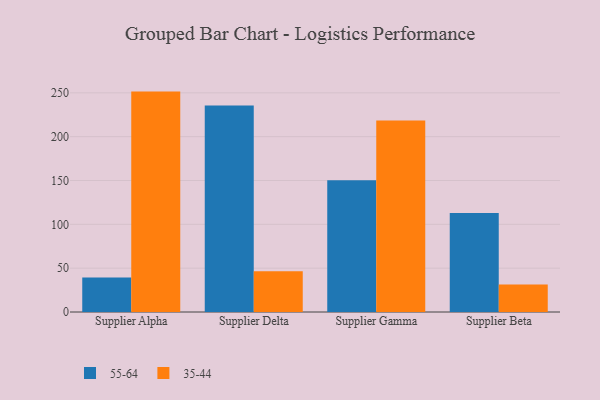
{"axis": {"x": "Supplier", "y": "Operating Costs (USD K)"}, "legend": ["35-44", "55-64"], "data": [{"x": "Supplier Alpha", "y": 39.4, "type": "55-64"}, {"x": "Supplier Alpha", "y": 251.4, "type": "35-44"}, {"x": "Supplier Delta", "y": 235.5, "type": "55-64"}, {"x": "Supplier Delta", "y": 46.6, "type": "35-44"}, {"x": "Supplier Gamma", "y": 150.4, "type": "55-64"}, {"x": "Supplier Gamma", "y": 218.3, "type": "35-44"}, {"x": "Supplier Beta", "y": 112.9, "type": "55-64"}, {"x": "Supplier Beta", "y": 31.3, "type": "35-44"}]}